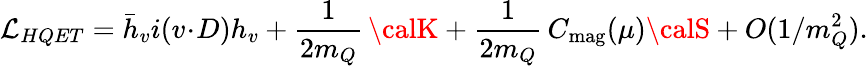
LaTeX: {\cal\mathcal{L}}_{HQET}=\bar{{h}}_{v}i(v\! \cdot\! D)h_{v}+\frac{{1}}{{2m_{Q}}}\, {\calK}+\frac{{1}}{{2m_{Q}}}\, C_{\mathrm{{mag}}}(\mu){\calS}+O(1/m_{Q}^{2}).